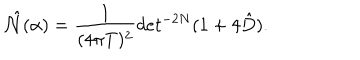
\hat { { \cal N } } ( \alpha ) = { \frac { 1 } { ( 4 \pi T ) ^ { 2 } } } d e t ^ { - 2 N } ( 1 + 4 \hat { D } ) .